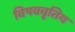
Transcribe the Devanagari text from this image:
विषववृतिय